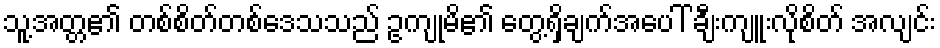
သူ့အတ္တ၏ တစ်စိတ်တစ်ဒေသသည် ဥကျုမိ၏ တွေ့ရှိချက်အပေါ် ချီးကျူးလိုစိတ် အလျင်း